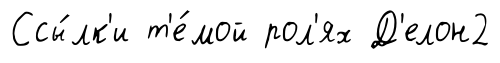
Ссы́лк'и т'е́мой рол'ях Д'елон2